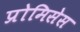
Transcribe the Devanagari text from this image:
प्रोमिसेस